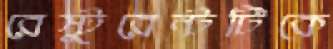
রেস্টুরেন্টটিকে